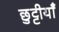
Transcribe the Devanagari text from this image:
छुट्टीयाँ